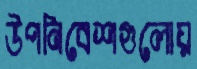
উপনিবেশগুলোয়